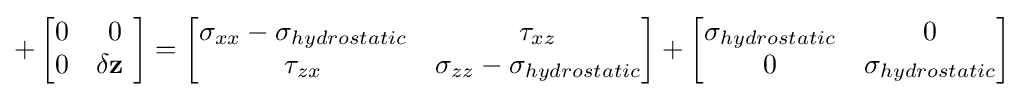
+\left[{\begin{matrix}0&0\\0&\mathbf {\delta z} \ \\\end{matrix}}\right]=\left[{\begin{matrix}\sigma _{xx}-\sigma _{hydrostatic}&\tau _{xz}\\\tau _{zx}&\sigma _{zz}-\sigma _{hydrostatic}\\\end{matrix}}\right]+\left[{\begin{matrix}\sigma _{hydrostatic}&0\\0&\sigma _{hydrostatic}\\\end{matrix}}\right]